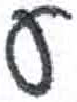
אות: ע